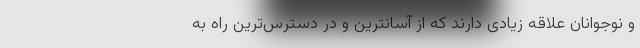
و نوجوانان علاقه زیادی دارند که از آسانترین و در دسترس‌ترین راه به